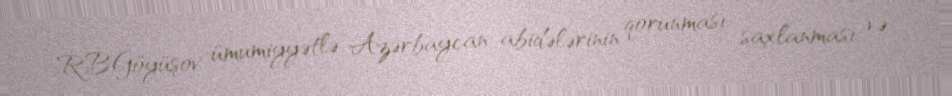
R.B.Göyüşov ümumiyyətlə Azərbaycan abidələrinin qorunması, saxlanması və